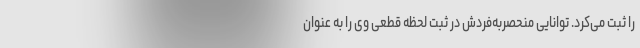
را ثبت می‌کرد. توانایی منحصربه‌فردش در ثبت لحظه قطعی وی را به عنوان